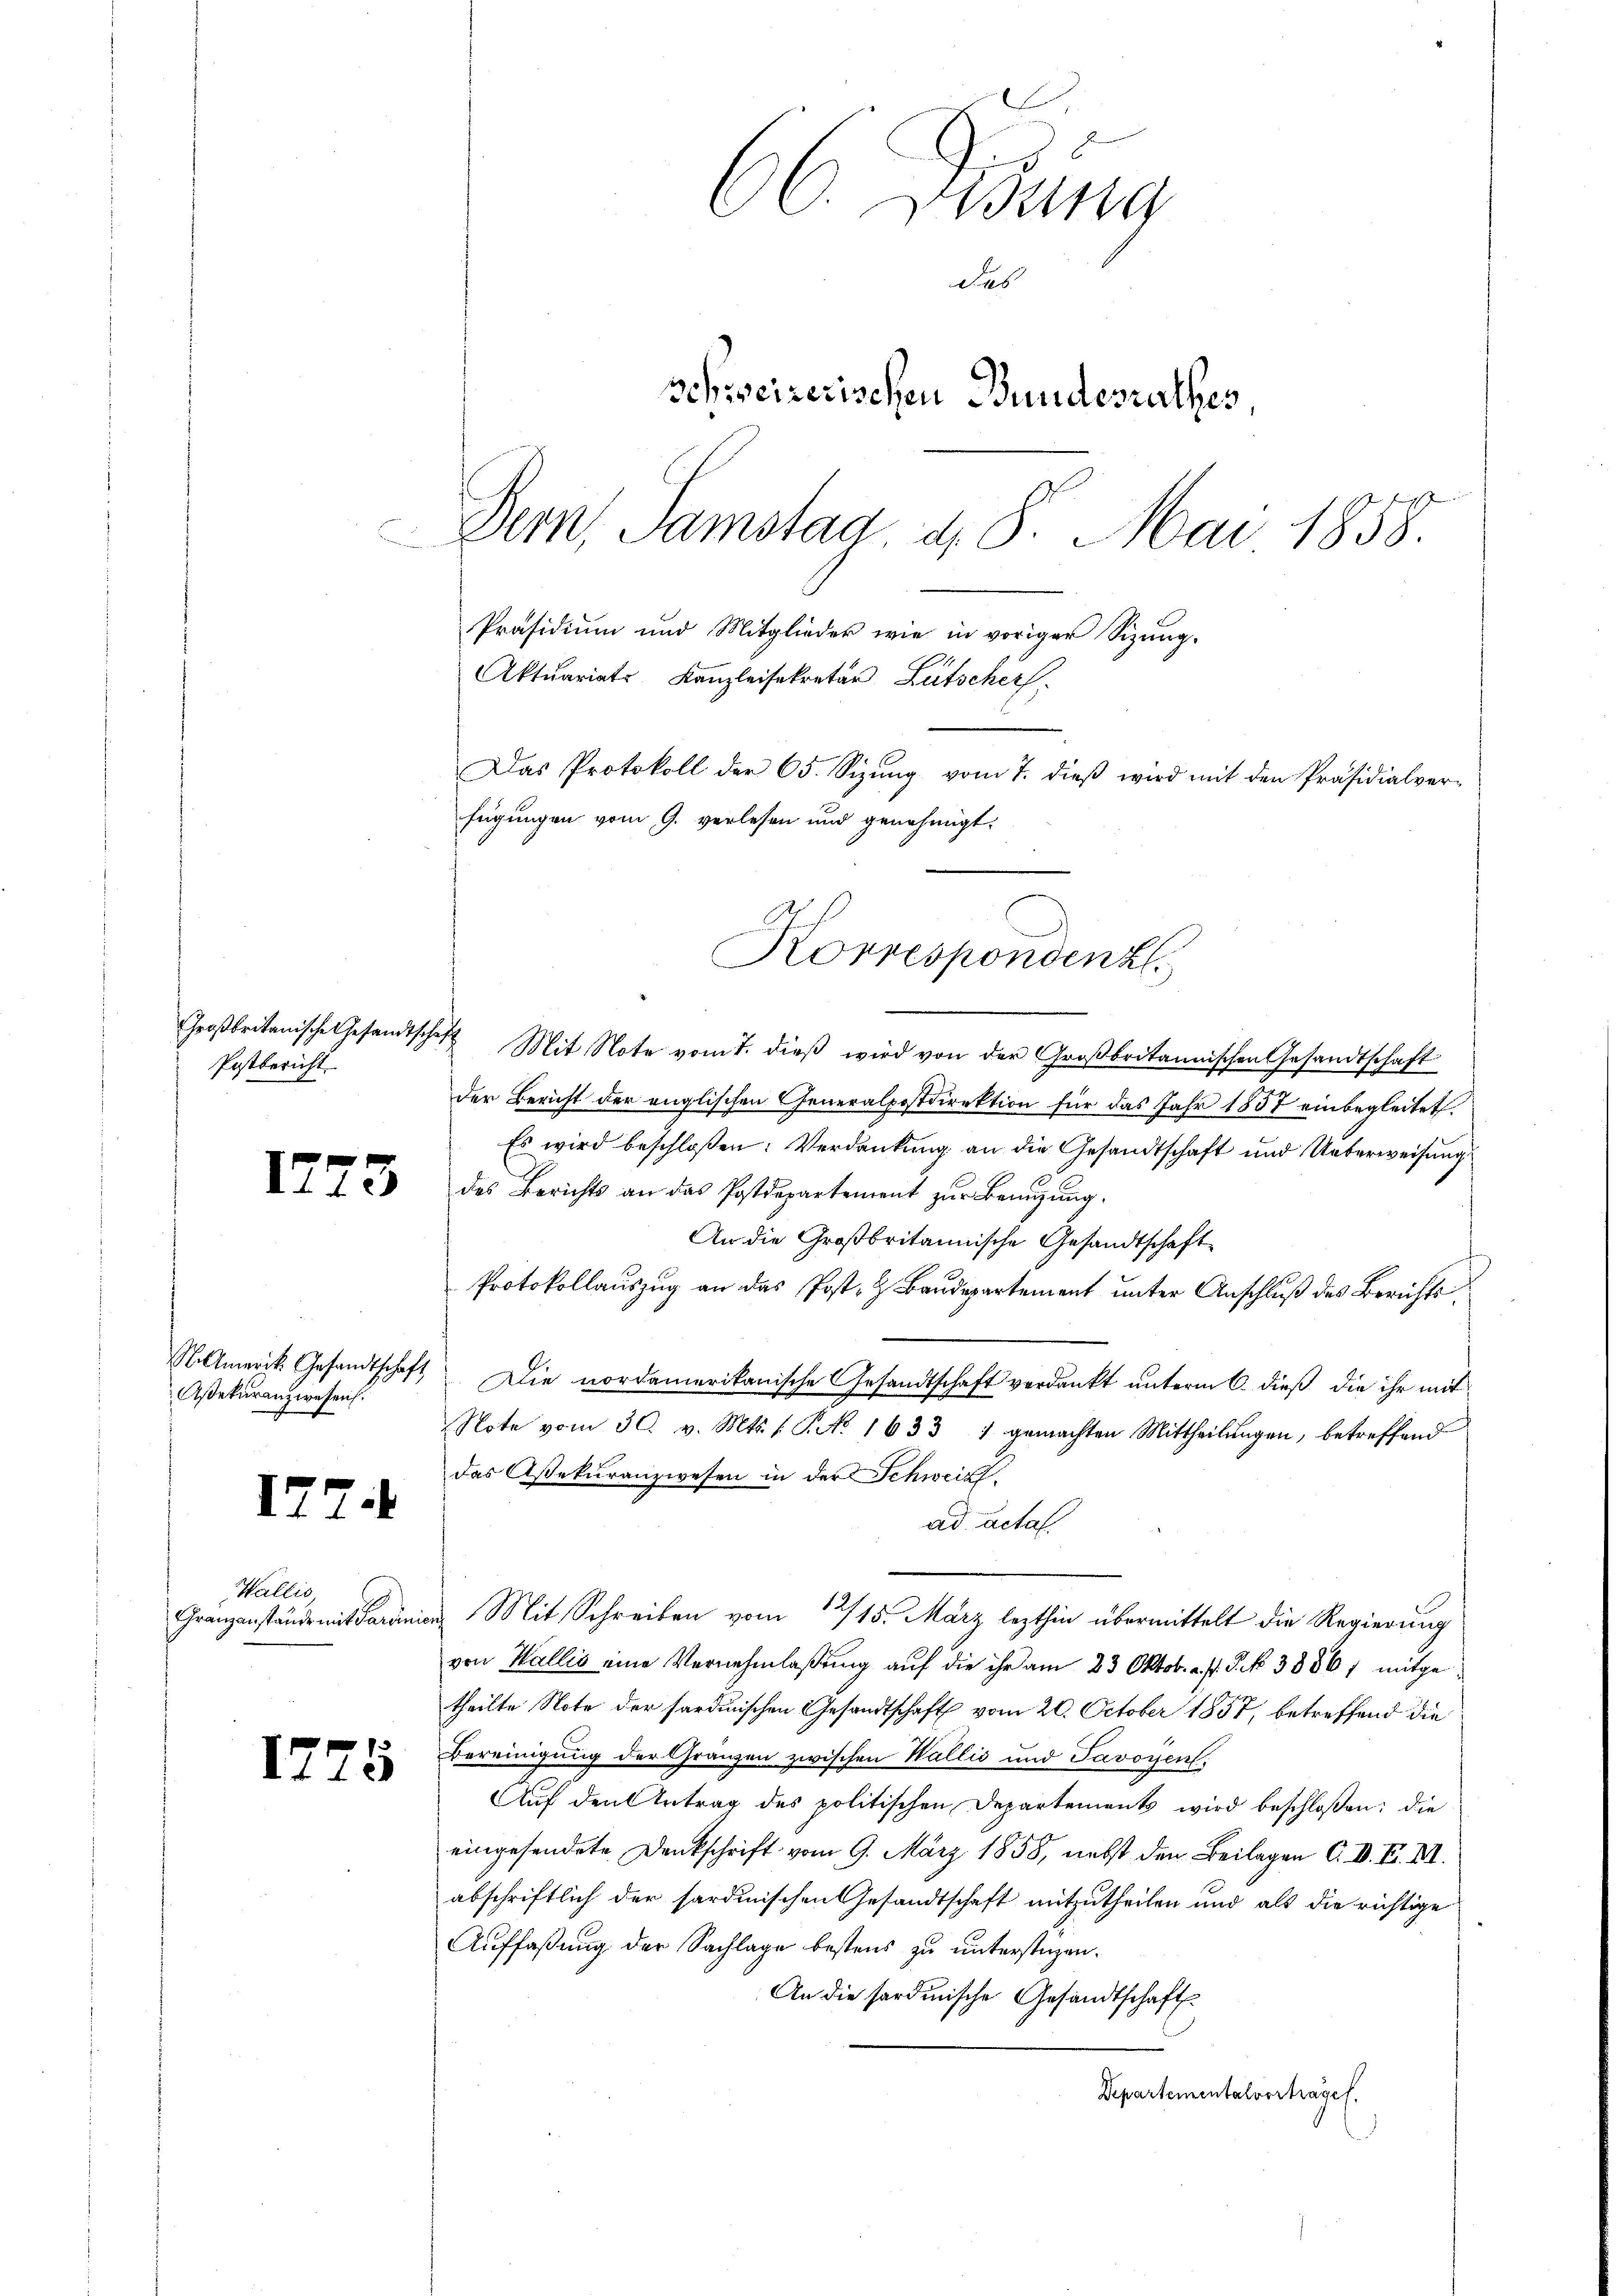
Postbericht

1773

Asekuranzwesen.

177.

Wallis,

1775

66. Ding
das
Schweizerischen Bundesrathes,
Bern, Samstag d. 8. Mai 1858.
Bau¬
Präsidium und Mitglieder wie in voriger Sizung.
Aktuariats Kanzleisekretär Lütschers.
Das Protokoll der 65. Sizŭng vom 7. dieβ wird mit den Präsidialver-
fügungen vom 9. verlesen und genehmigt.

Großbritanische Gesandtschaft Mit Note vom 7. dieβ wird von der Großbritannischen Gesandtschaft
der Bericht der englischen Generalpostdirektion für das Jahr 1857 einbegleitet.
Es wird beschloßen: Verdankung an die Gesandtschaft und Ueberweisung
des Berichts an das Postdepartement zŭr Benuzung.
An die Großbritannische Gesandtschaft
Protokollauszug an das Post- & Baudepartement unter Anschluß des Berichts¬
Notmerik. Gesandtschaft Die nordamerikanische Gesandtschaft verdankt unterm 6. dieß die ihr mit
Note vom 30. v. Mts. f. P. No. 1633, 1 gemachten Mittheilŭngen, betreffend
das Assekuranzwesen in der Schweiz
ad acta.
Granzanstände mit daranien Mit Schreiben vom 12/15. März lezthin übermittelt die Regierung
von Wallis eine Vernehmlaβŭng auf die ihr am 23 Oktob. a. f. S. 38861 mitgetheilte Note der sardinischen Gesandtschaft vom 20. October 1857, betreffend die
Bereinigung der Gränzen zwischen Wallis und Javoyen,
Auf den Antrag des politischen Departements wird beschloßen: die
eingesendete Denkschrift vom 9. März 1858, nebst den Beilagen C. D. F. VII.
abschriftlich der sardinischen Gesandtschaft mitzutheilen und als die richtige
Auffaßung der Sachlage bestens zu unterstüzen.
An die sardinische Gesandtschaft.
Departementalvortrages.

Korrespondenz.